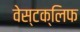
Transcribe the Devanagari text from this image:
वेस्टक्लिफ